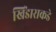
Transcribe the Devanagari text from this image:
खिंडाराकडे